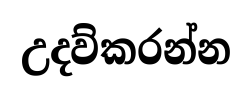
උදව්කරන්න